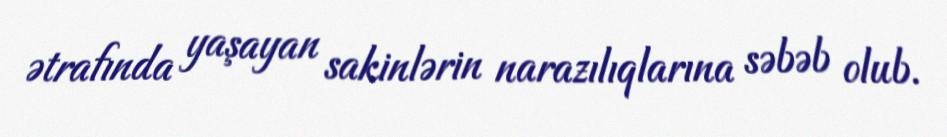
ətrafında yaşayan sakinlərin narazılıqlarına səbəb olub.